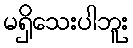
မရှိသေးပါဘူး